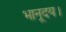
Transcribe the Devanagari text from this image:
भानूदय।